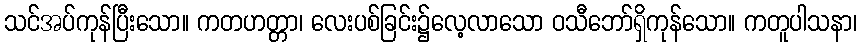
သင်အပ်ကုန်ပြီးသော။ ကတဟတ္တာ၊ လေးပစ်ခြင်း၌လေ့လာသော ဝသီဘော်ရှိကုန်သော။ ကတူပါသနာ၊